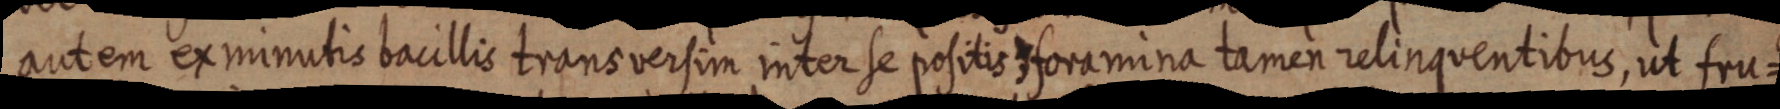
autem ex minutis bacillis trans versim inter se positis foramina tamen relinquentibus, ut fru